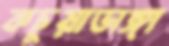
কচুয়াডাঙ্গা